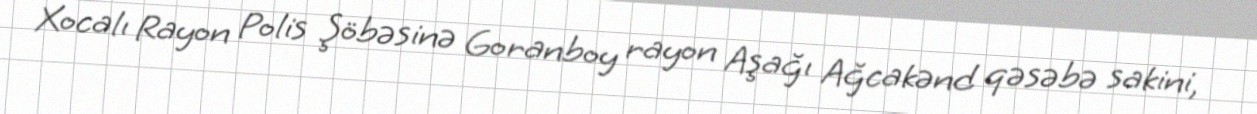
Xocalı Rayon Polis Şöbəsinə Goranboy rayon Aşağı Ağcakənd qəsəbə sakini,